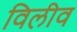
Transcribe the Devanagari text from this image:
विलीव